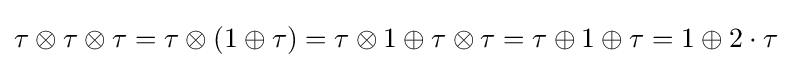
\tau \otimes \tau \otimes \tau =\tau \otimes (1\oplus \tau )=\tau \otimes 1\oplus \tau \otimes \tau =\tau \oplus 1\oplus \tau =1\oplus 2\cdot \tau